Vaccination in Bombay 1869-1873 - 1869-1873
Year: 1869
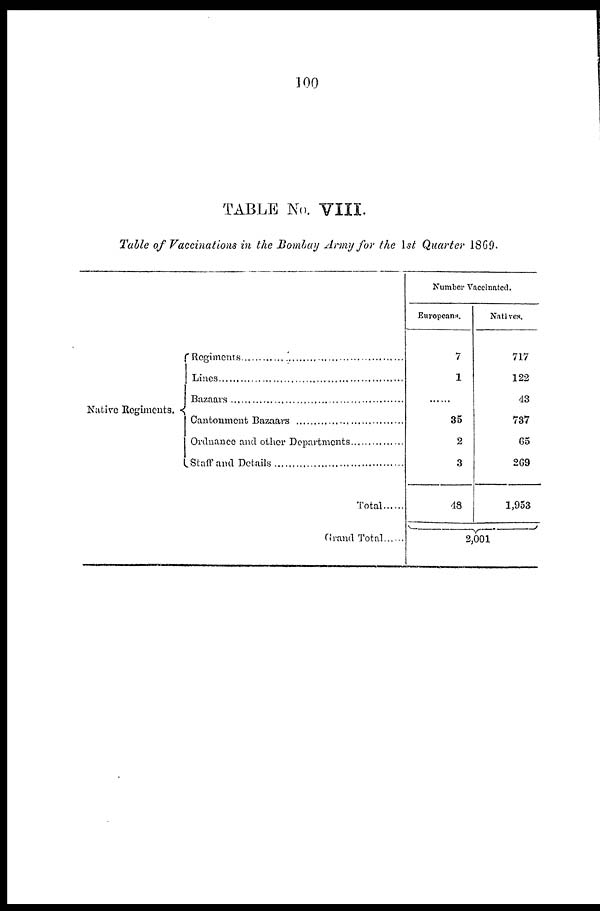
100
TABLE No. VIII.
Table of Vaccinations in the Bombay Army for the 1st Quarter 1869.
Native Regiments.
Regiments . . . . . . . . . . . . . . . . . . . . . . . . . . . . . . . . .
Lines . . . . . . . . . . . . . . . . . . . . . . . . . . . . . . . . . . . . .
Bazaars . . . . . . . . . . . . . . . . . . . . . . . . . . . . . . . . . . .
Cantonment Bazaars . . . . . . . . . . . . . . . . . . . . . . . . .
Ordnance and other Departments . . . . . . . . . . . . . . .
Staff and Details . . . . . . . . . . . . . . . . . . . . . . . . . . . .
Total . . . . . .
Grand Total . . . . . .
Number Vaccinated.
Europeans.
7
1
......
35
2
3
48
Natives.
717
122
43
737
65
269
1,953
2,001